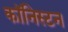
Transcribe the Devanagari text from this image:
कॉनिस्टन